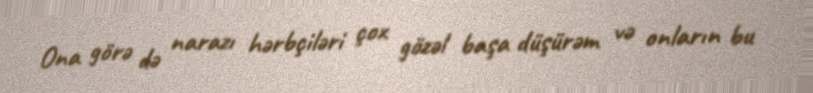
Ona görə də narazı hərbçiləri çox gözəl başa düşürəm və onların bu